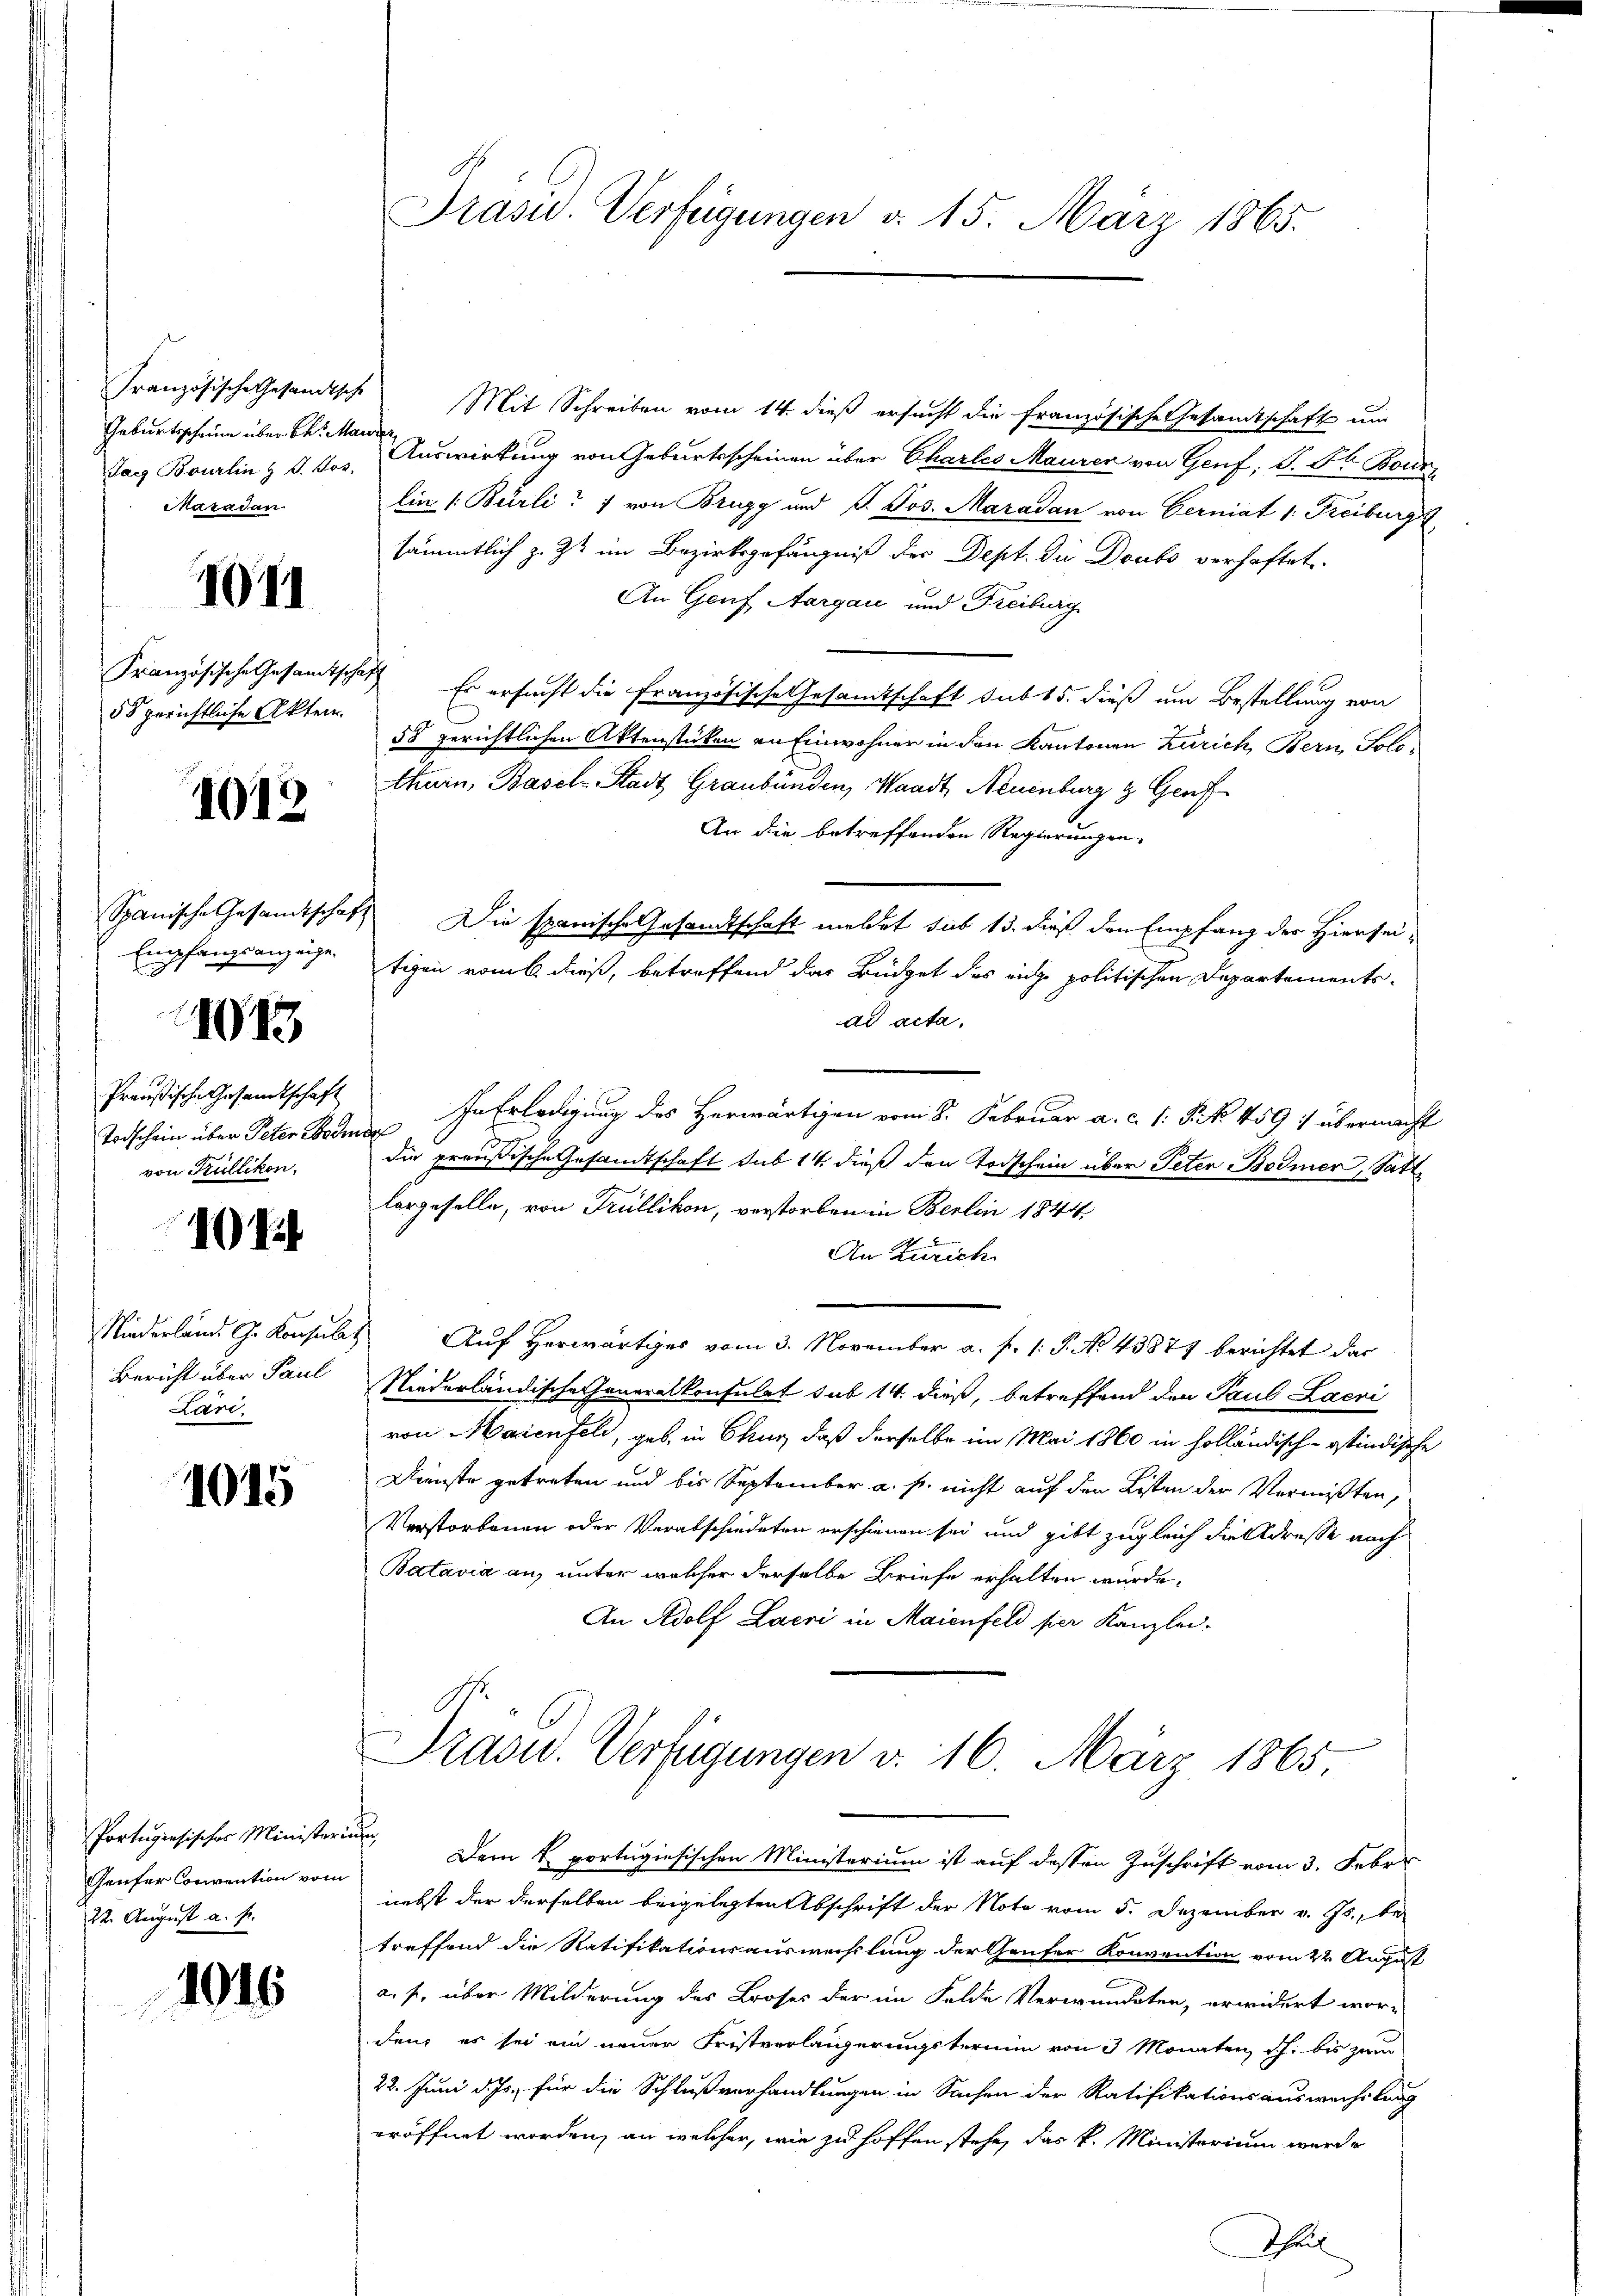
Geburtsscheine über bei Mauren
Maradan

1014

i

1071

55 gerichtliche Akten.

1018

Spanische Gesamtschaft
Empfangsanzeige.

1013.

Preußische Gesandtschaft
Todschein über Peter Bodmer
von Kullikon.

Bericht über Paul
Lare.

1015

Portugisischer Ministerium
Genfer Convention vom
22. August a. f.

1946

Präsid. Verfügungen d. 15. März 1865.

Französische Gesandtsche Mit Schreiben vom 14. dieß ersucht die französische Gesandtschaft um
Tag Bourlin & d. Jos. Auswirkung von Geburtsscheinen über Charles Mauren von Genf, V. Ob Four
lin (Burli“ von Brugg und P. Jos. Maradan von Gerniat 1. Freiburg,
sämmtlich z. Zt im Bezirksgefängniß der Dept. die Doubs verhaftet
An Genf Aargau und Freiburg
Französische Gesamtschaft Er ersucht die Französische Gesandtschaft sub 15. dieß um Bestellung von
58 gerichtlichen Aktenstücken an Einwohner in den Kantonen Zürich, Bern, Solothurn, Basel-Stadt Graubünden, Waadt, Neuenburg z. Genf
An die betreffenden Regierungen,
Die spanische Gesandtschaft meldet sub 13. dieß den Empfang des Hiersei-
tigen romb dieß, betreffend das Büdget des eine politischen Departementsdd acta.
In Erledigung des Herwärtigen vom 8. Februar a. c. 1. Frk. 459 : übermacht
die preußische Gesandtschaft sub 14. dieß den Todschein über Peter Bodmer, Satt
lorgeselle, von Trüllikon, verstorben in Berlin 1844.
An Zürich
Niederland G. Konsulat Auf Herwärtiges vom 3. November a. f. 1: P. No. 43877 berichtet das
Niederländische Generalkonsulat sub 14 dieß, betreffend den Paul Lacri
von Maienfeld, geb. in Chur, daß derselbe im Mai 1860 in holländisch-ostindische
Dienste getreten und bis September a. p. nicht auf den Listen der Vermißten,
Verstorbenen oder Verabschiedeten erschienen sei und gibt zugleich die Adresse nach
Batavia an, unter welcher derselbe Briefe erhalten wurde.
An Adolf Lacri in Maienfeld per Kanzlei-
Präsid.. Verfügungen v. 16. März 1865.
Dem k. portugisischen Ministerium ist auf dessen Zuschrift vom 3. Febr.
nebst der derselben beigelegten Abschrift der Note vom 5. Dezember v. Js., be-
treffend die Ratifikationsauswechslung der Genfer Konvention vom 22. August
a. p. über Milderung des Broses der im Felde Verwundeten, erwidert wor-
den es sei ein neuer Fristverlängerungstermin von 3 Monaten Sch. bis zum
22. Juni d. Js. für die Schlußverhandlungen in Sachen der Ratifikationsauswechslung
eröffnet worden, an welcher, wie zu hoffen stehe, das k. Ministerium werde

Theil